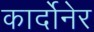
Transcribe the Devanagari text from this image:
कार्दोनेर